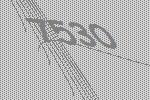
7530